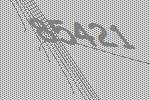
85421